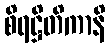
စိရဋ္ဌိတိကာနိ